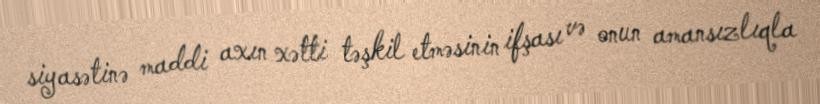
siyasətinə maddi axın xətti təşkil etməsinin ifşası və onun amansızlıqla